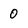
Character: 0